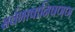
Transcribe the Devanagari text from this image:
सर्वभाषानिषणण